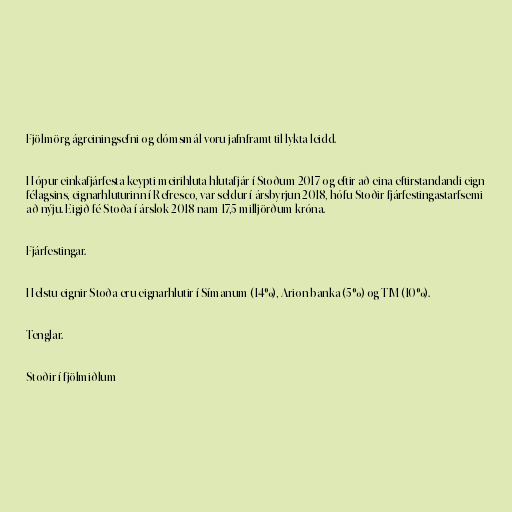
Fjölmörg ágreiningsefni og dómsmál voru jafnframt til lykta leidd.

Hópur einkafjárfesta keypti meirihluta hlutafjár í Stoðum 2017 og eftir að eina eftirstandandi eign
félagsins, eignarhluturinn í Refresco, var seldur í ársbyrjun 2018, hófu Stoðir fjárfestingastarfsemi
að nýju. Eigið fé Stoða í árslok 2018 nam 17,5 milljörðum króna.

Fjárfestingar.

Helstu eignir Stoða eru eignarhlutir í Símanum (14%), Arion banka (5%) og TM (10%).

Tenglar.

Stoðir í fjölmiðlum